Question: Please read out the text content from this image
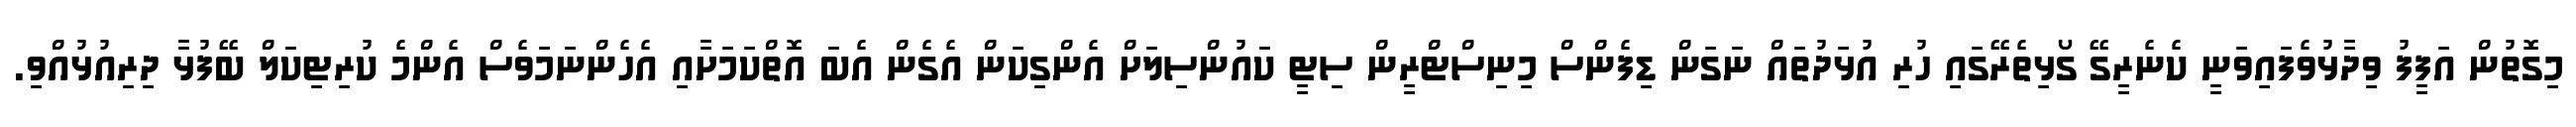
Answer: މިގޮތުން އަފީފު ވިދާޅުވެފައިވަނީ ކެނެރީގޭ ގޯޅިތެރޭގައި ހުރި އުޅަދުތައް ނަގަން ޑިފެންސް މިނިސްޓްރީން ސިޓީ ކައުންސިލަށް އެންގިކަން އެގެން އެބަ އޮތްކަމަށާއި އެހެންނަމަވެސް އެންމެ ކުރިޓިކަލް ބޭފުޅާ ދިރިއުޅުއްވި.